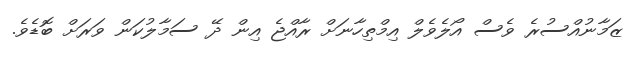
ޒަމާނުއްސުރެ ވެސް އޯލެވެލް އިމްތިހާނަށް ރާއްޖެ އިން ދޭ ސަމާލުކަން ވަރަށް ބޮޑެވެ.